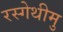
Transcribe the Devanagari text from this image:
रस्गेथीमु